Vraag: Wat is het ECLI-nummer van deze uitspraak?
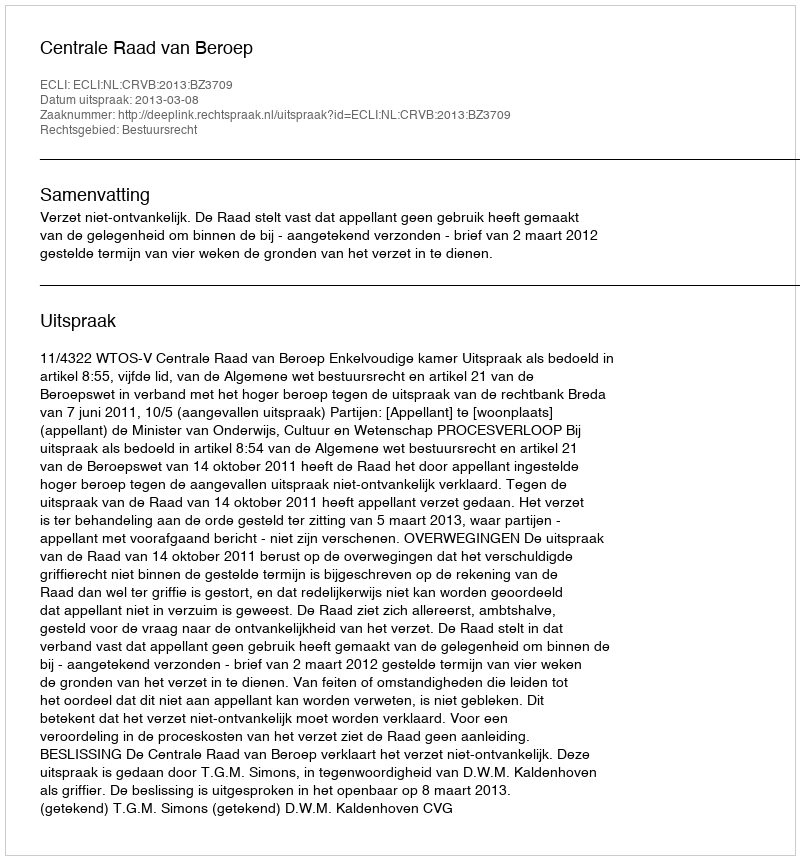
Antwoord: ECLI:NL:CRVB:2013:BZ3709